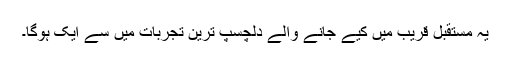
یہ مستقبل قریب میں کیے جانے والے دلچسپ ترین تجربات میں سے ایک ہوگا۔